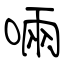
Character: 啢